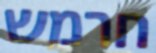
חרמש